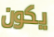
يكون